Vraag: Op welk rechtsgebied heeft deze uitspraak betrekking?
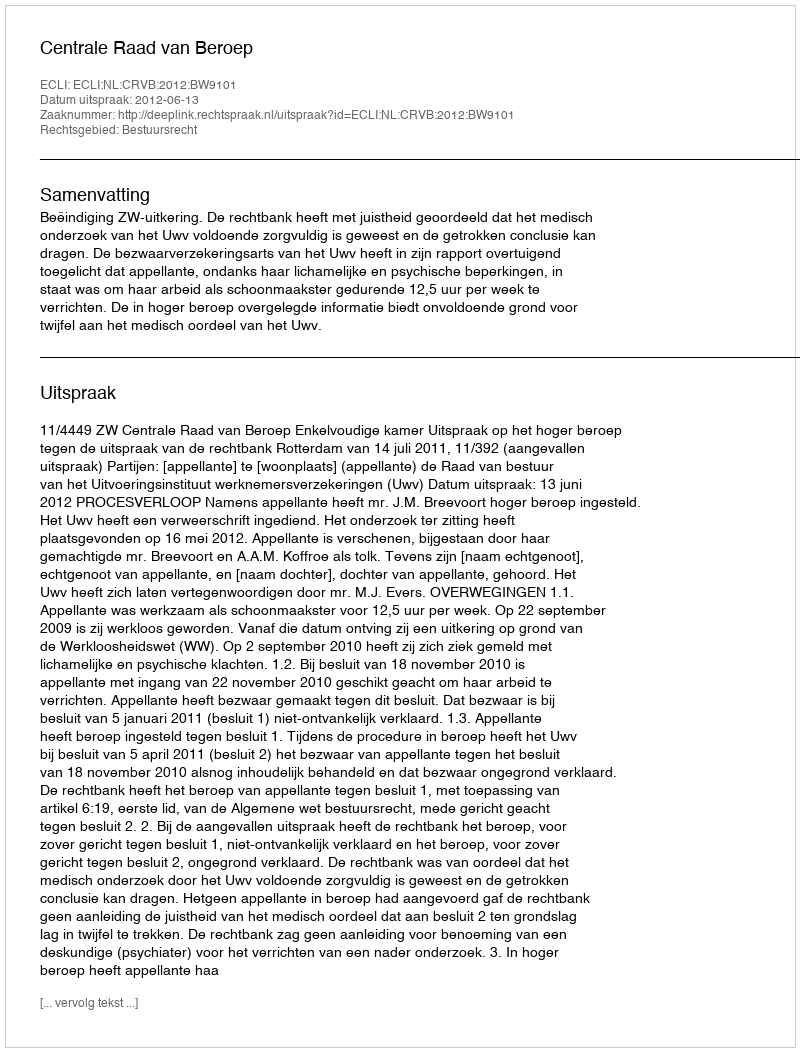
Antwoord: Bestuursrecht